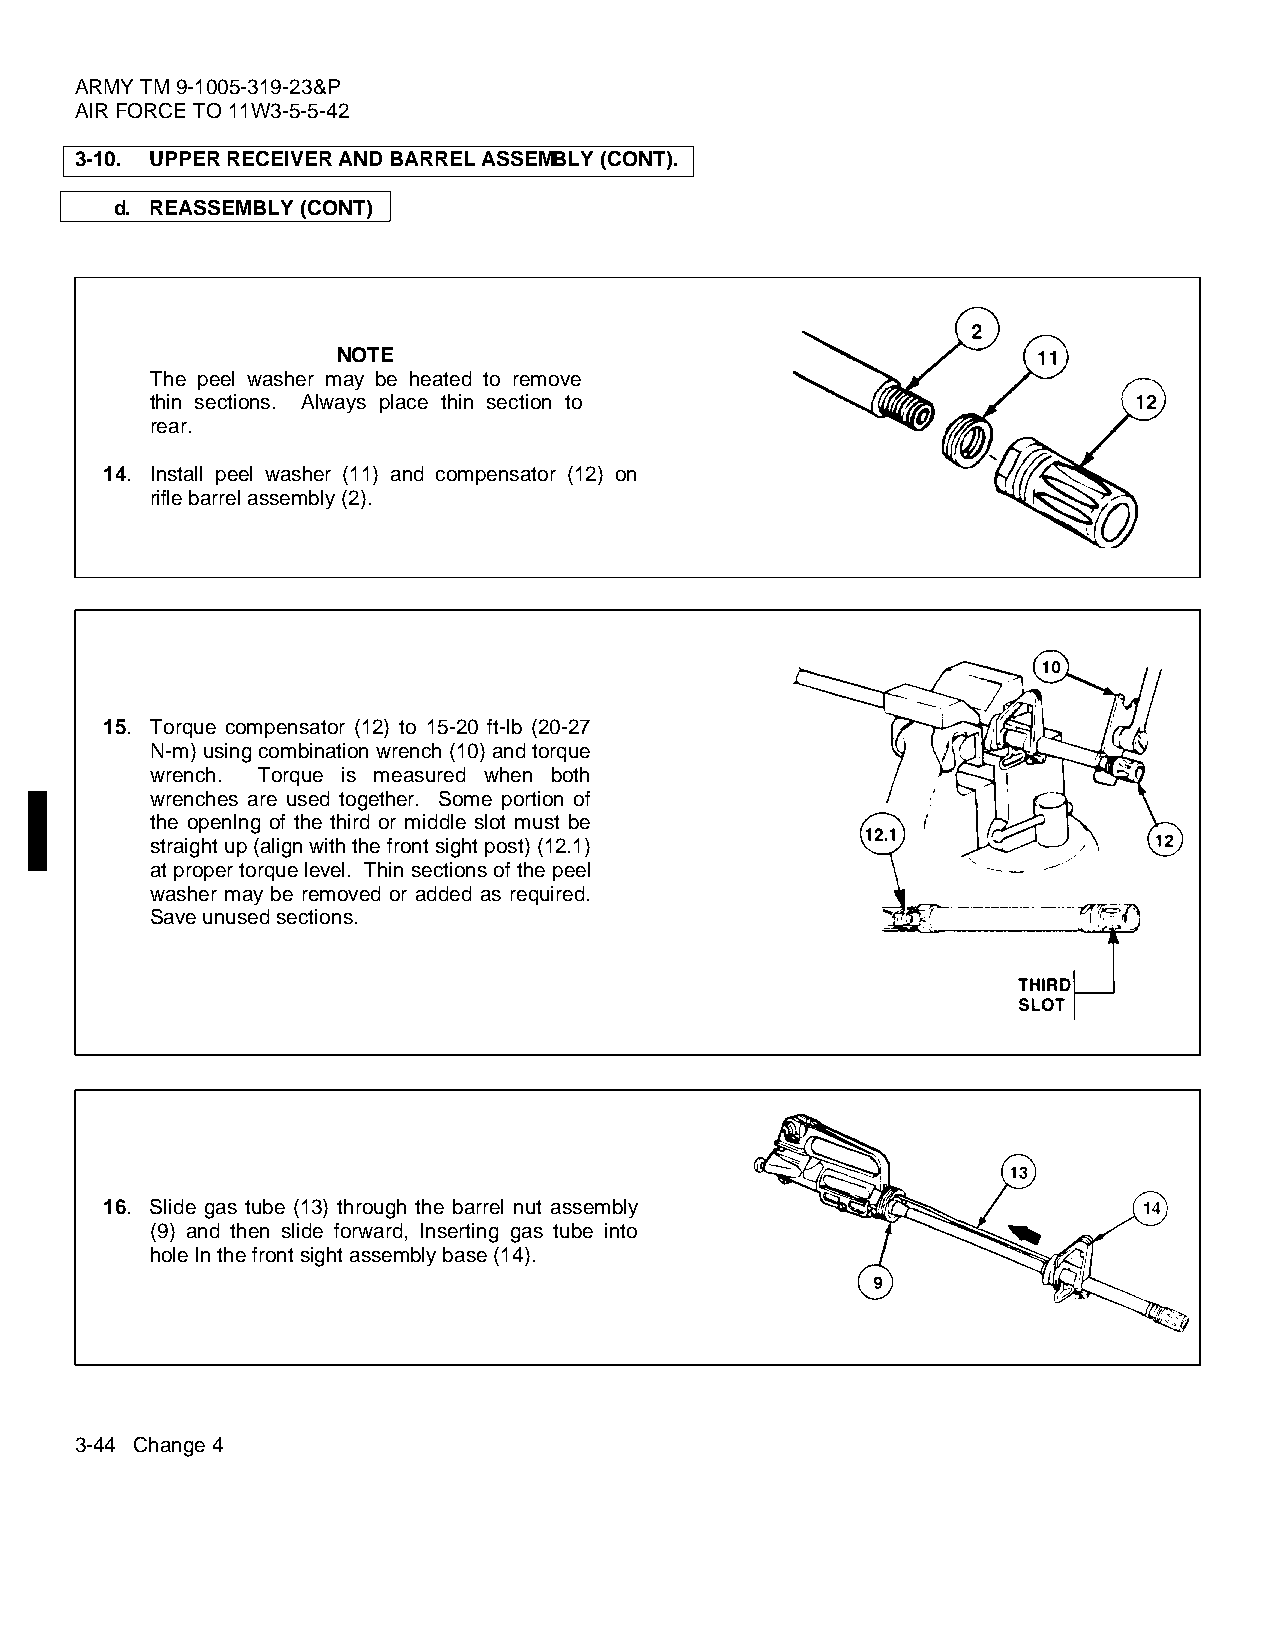
ARMY TM 9-1005-319-23&P
 AIR FORCE TO 11W3-5-5-42
 3-10. UPPER RECEIVER AND BARREL ASSEMBLY (CONT).
 d. REASSEMBLY (CONT)
 NOTE
 The peel washer may be heated to remove
 thin sections. Always place thin section to
 rear.
 14. Install peel washer (11) and compensator (12) on
 rifle barrel assembly (2).
 15. Torque compensator (12) to 15-20 ft-lb (20-27
 N-m) using combination wrench (10) and torque
 wrench. Torque is measured when both
 wrenches are used together. Some portion of
 the openIng of the third or middle slot must be
 straight up (align with the front sight post) (12.1)
 at proper torque level. Thin sections of the peel
 washer may be removed or added as required.
 Save unused sections.
 16. Slide gas tube (13) through the barrel nut assembly
 (9) and then slide forward, Inserting gas tube into
 hole In the front sight assembly base (14).
 3-44 Change 4